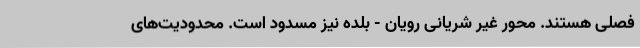
فصلی هستند. محور غیر شریانی رویان - بلده نیز مسدود است. محدودیت‌های